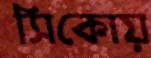
সিকোয়